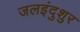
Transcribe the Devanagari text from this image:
जलइंदुशुर